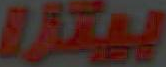
بيتزا